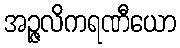
အဉ္ဇလိကရဏီယော